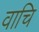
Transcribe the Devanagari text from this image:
वाचि